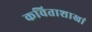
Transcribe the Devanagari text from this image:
कविताशाखां